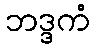
ဘဒ္ဒကံ